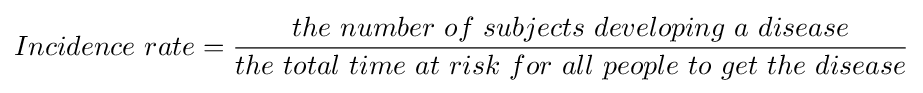
Incidence\ rate={\frac {the\ number\ of\ subjects\ developing\ a\ disease}{the\ total\ time\ at\ risk\ for\ all\ people\ to\ get\ the\ disease}}